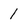
Character: 1